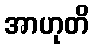
အာဟုတိ